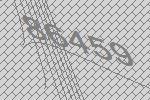
86459